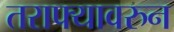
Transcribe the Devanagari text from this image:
तराफ्यावरुन